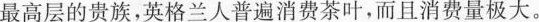
最高层的贵族，英格兰人普遍消费茶叶，而且消费量极大。